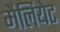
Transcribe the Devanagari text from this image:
मैलियेट